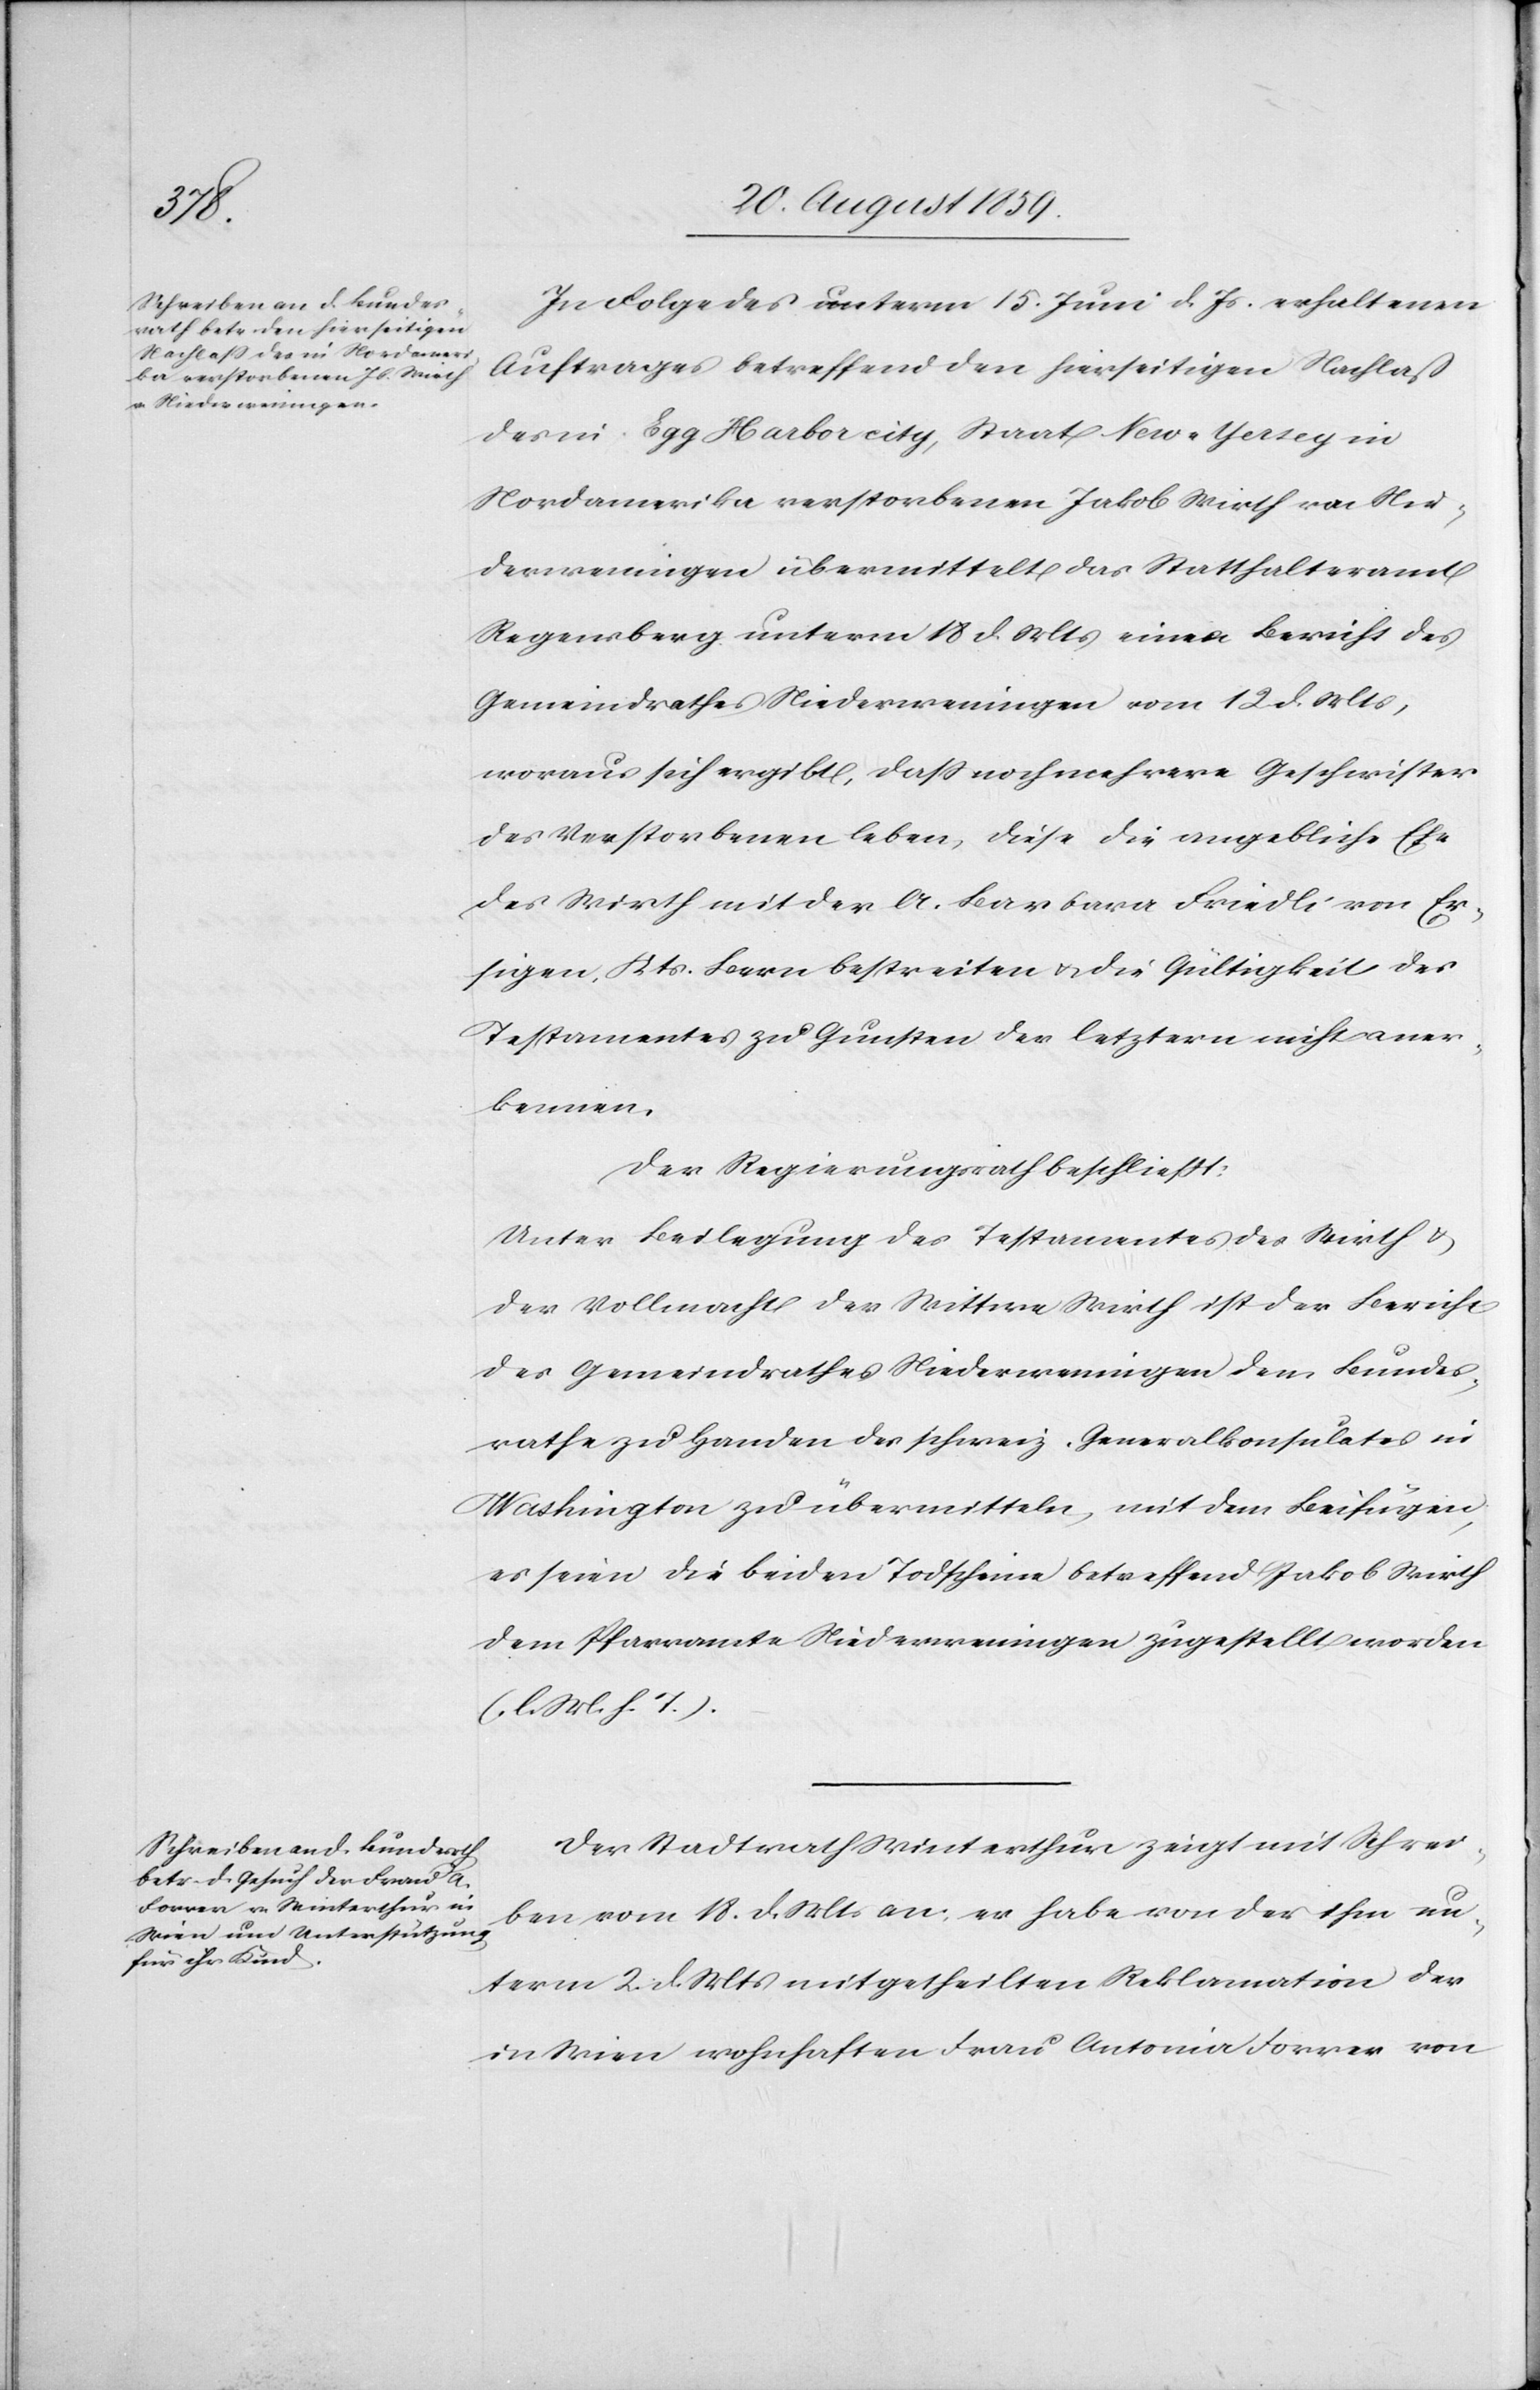
In Folge des unterm 15. Juni d. Js. erhaltenen
Auftrages betreffend den hierseitigen Nachlaß
des in Egg Harbor city, Staat New-Yersey
Nordamerika verstorbenen Jakob Wirth von Nie¬
derwenningen übermittelt das Statthalteramt
Regensberg unterm 18. d. Mts. einen Bericht des
Gemeindrathes Niederwenningen vom 12. d. Mts.,
woraus sich ergibt, daß noch mehrere Geschwister
des Verstorbenen leben, diese die angebliche Ehe
des Wirth mit der A. Barbara Friedli von Er¬
sigen, Kts. Bern bestreiten & die Gültigkeit des
Testamentes zu Gunsten der letztern nicht aner¬
kennen.
Der Regierungsrath beschließt:
Unter Beilegung des Testaments des Wirth &
der Vollmacht der Wittwe Wirth ist der Bericht
des Gemeindrathes Niederwenningen dem Bundes¬
rathe zu Handen des schweiz. Generalkonsulates in
Washington zu übermitteln, mit dem Beifügen,
es seien die beiden Todscheine betreffend Jakob Wirth
dem Pfarramte Niederwenningen zugestellt worden
(l. M. h. T.)
Der Stadtrath Winterthur zeigt mit Schrei¬
ben vom 18. d. Mts. an, er habe von der ihm un¬
term 2. d. Mts. mitgetheilten Reklamation der
in Wien wohnhaften Frau Antonia Forrer von